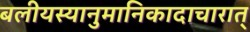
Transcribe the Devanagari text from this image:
बलीयस्यानुमानिकादाचारात्